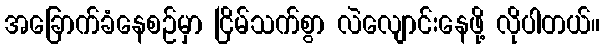
အခြောက်ခံနေစဉ်မှာ ငြိမ်သက်စွာ လဲလျောင်းနေဖို့ လိုပါတယ်။